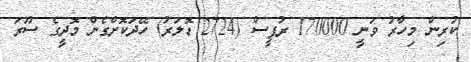
ކުރިން މިހާރު ވަނީ 170000 ރުޕީސް (2724 ޑޮލަރު) ހޭދަކޮށްގެން މޮދީގެ ސޫރަ